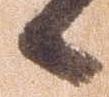
候